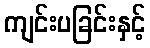
ကျင်းပခြင်းနှင့်